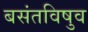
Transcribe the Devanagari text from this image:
बसंतविषुव